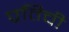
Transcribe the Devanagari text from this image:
प्रतिची